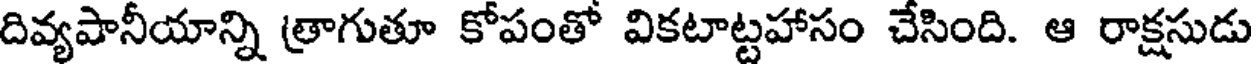
దివ్యపానీయాన్ని త్రాగుతూ కోపంతో వికటాట్టహాసం చేసింది. ఆ రాక్షసుడు